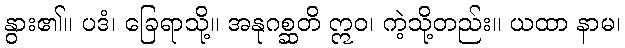
နွား၏။ ပဒံ၊ ခြေရာသို့။ အနုဂစ္ဆတိ ဣဝ၊ ကဲ့သို့တည်း။ ယထာ နာမ၊